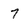
Character: 7